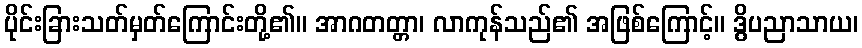
ပိုင်းခြားသတ်မှတ်ကြောင်းတို့၏။ အာဂတတ္တာ၊ လာကုန်သည်၏ အဖြစ်ကြောင့်။ ဒွိပညာသာယ၊